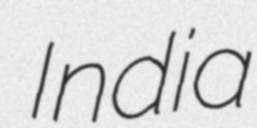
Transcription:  India